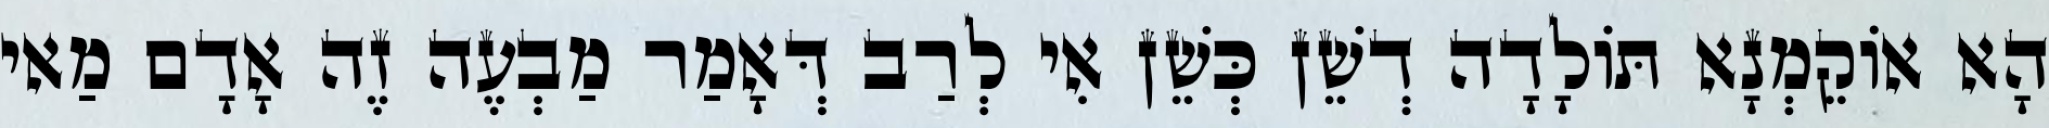
הָא אוֹקֵמְנָא תּוֹלָדָה דְשֵׁן כְּשֵׁן אִי לְרַב דְּאָמַר מַבְעֶה זֶה אָדָם מַאי